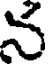
న